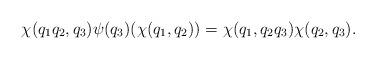
LaTeX: \begin{align*}\chi(q_{1}q_{2},q_{3})\psi(q_3)(\chi(q_{1},q_{2}))=\chi(q_{1},q_{2}q_{3})\chi(q_{2},q_{3}).\end{align*}